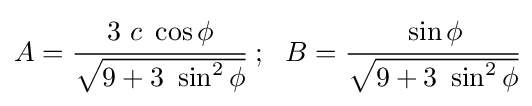
A={\cfrac {3~c~\cos \phi }{\sqrt {9+3~\sin ^{2}\phi }}}~;~~B={\cfrac {\sin \phi }{\sqrt {9+3~\sin ^{2}\phi }}}